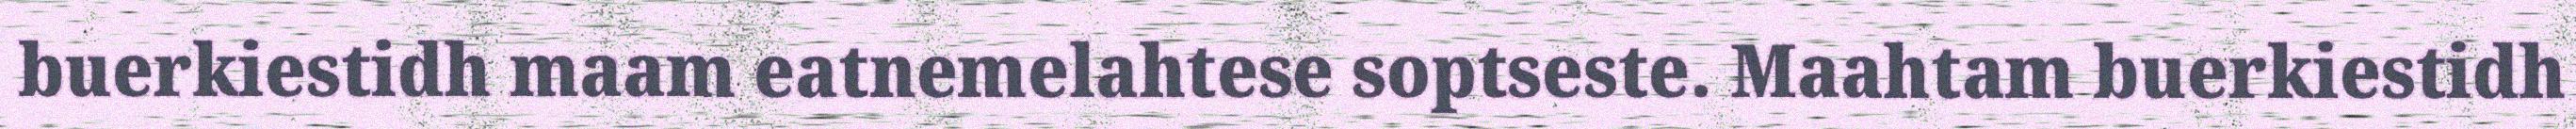
buerkiestidh maam eatnemelahtese soptseste. Maahtam buerkiestidh